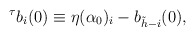
\begin{align*}^{\tau}b_{i}(0) \equiv \eta(\alpha_{0})_{i} - b_{\tilde{h}-i}(0) ,\end{align*}